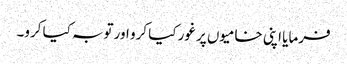
فرمایا اپنی خامیوں پر غور کیا کرو اور توبہ کیا کرو۔